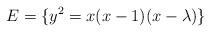
LaTeX: \begin{align*}E=\{y^{2}=x(x-1)(x-\lambda)\}\end{align*}